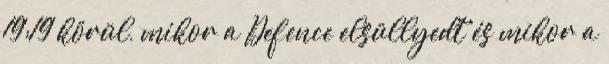
19:19 körül, mikor a Defence elsüllyedt és mikor a